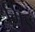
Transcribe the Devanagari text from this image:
गिड